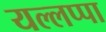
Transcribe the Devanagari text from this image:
यल्लप्पा